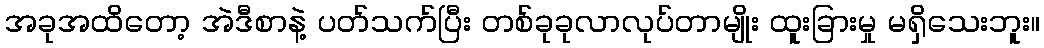
အခုအထိတော့ အဲဒီစာနဲ့ ပတ်သက်ပြီး တစ်ခုခုလာလုပ်တာမျိုး ထူးခြားမှု မရှိသေးဘူး။